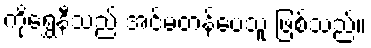
ကိုရွှေနီသည် အင်မတန်ပေသူ ဖြစ်သည်။